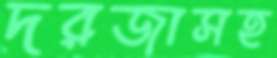
দরজাসহ